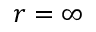
r = \infty